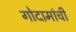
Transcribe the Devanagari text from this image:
गोदामांची